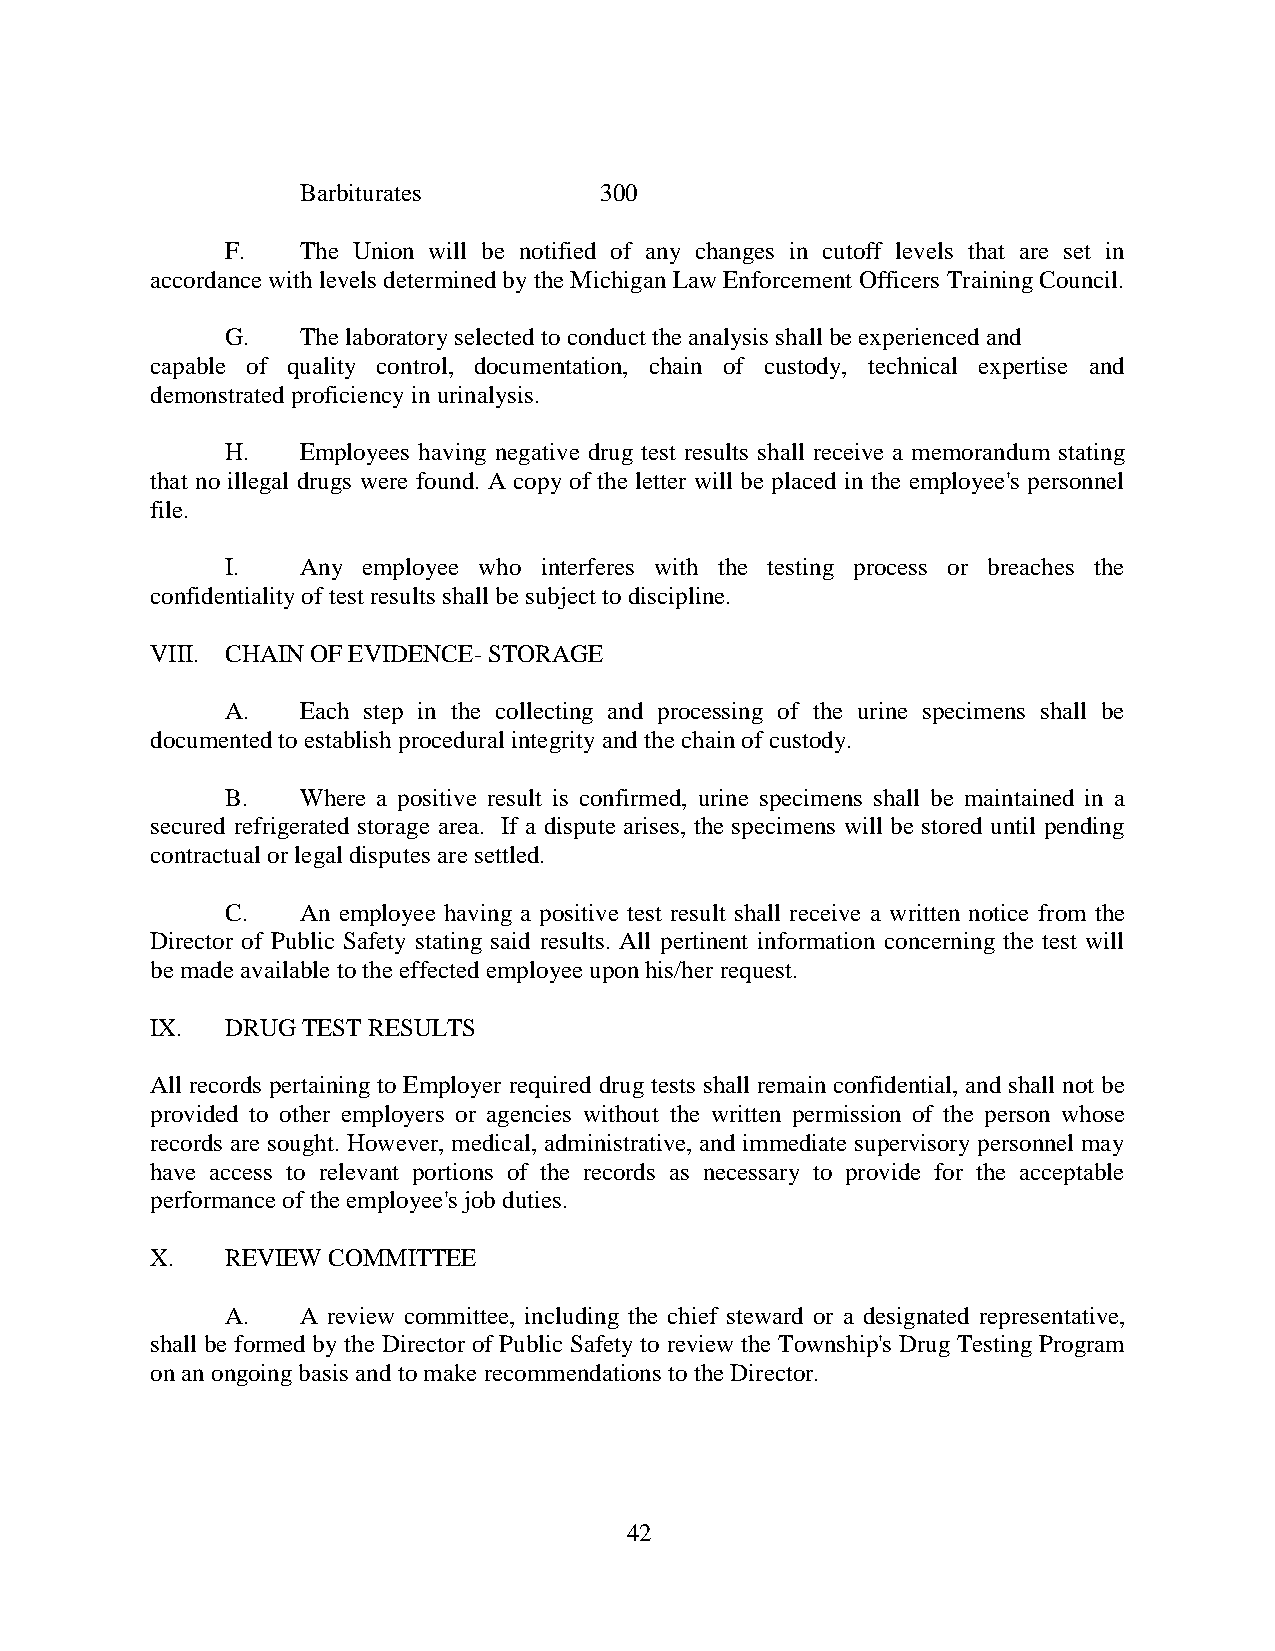
Barbiturates        300
 F.   The Union will be notified of any changes in cutoff levels that are set in
 accordance with levels determined by the Michigan Law Enforcement Officers Training Council.
 G.   The laboratory selected to conduct the analysis shall be experienced and
 capable of quality control, documentation, chain of custody, technical expertise and
 demonstrated proficiency in urinalysis.
 H.   Employees having negative drug test results shall receive a memorandum stating
 that no illegal drugs were found. A copy of the letter will be placed in the employee's personnel
 file.
 I.   Any employee who interferes with the testing process or breaches the
 confidentiality of test results shall be subject to discipline.
 VIII. CHAIN OF EVIDENCE- STORAGE
 A.   Each step in the collecting and processing of the urine specimens shall be
 documented to establish procedural integrity and the chain of custody.
 B.   Where a positive result is confirmed, urine specimens shall be maintained in a
 secured refrigerated storage area. If a dispute arises, the specimens will be stored until pending
 contractual or legal disputes are settled.
 C.   An employee having a positive test result shall receive a written notice from the
 Director of Public Safety stating said results. All pertinent information concerning the test will
 be made available to the effected employee upon his/her request.
 IX.  DRUG TEST RESULTS
 All records pertaining to Employer required drug tests shall remain confidential, and shall not be
 provided to other employers or agencies without the written permission of the person whose
 records are sought. However, medical, administrative, and immediate supervisory personnel may
 have access to relevant portions of the records as necessary to provide for the acceptable
 performance of the employee's job duties.
 X.   REVIEW COMMITTEE
 A.   A review committee, including the chief steward or a designated representative,
 shall be formed by the Director of Public Safety to review the Township's Drug Testing Program
 on an ongoing basis and to make recommendations to the Director.
 42